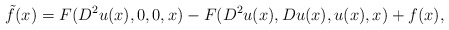
\begin{align*}\tilde{f}(x)=F(D^2u(x),0,0,x)-F(D^2u(x),Du(x),u(x),x)+f(x),\end{align*}